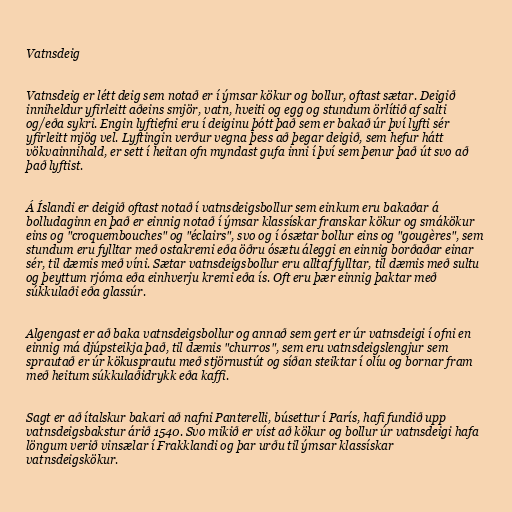
Vatnsdeig

Vatnsdeig er létt deig sem notað er í ýmsar kökur og bollur, oftast sætar. Deigið
inniheldur yfirleitt aðeins smjör, vatn, hveiti og egg og stundum örlítið af salti
og/eða sykri. Engin lyftiefni eru í deiginu þótt það sem er bakað úr því lyfti sér
yfirleitt mjög vel. Lyftingin verður vegna þess að þegar deigið, sem hefur hátt
vökvainnihald, er sett í heitan ofn myndast gufa inni í því sem þenur það út svo að
það lyftist.

Á Íslandi er deigið oftast notað í vatnsdeigsbollur sem einkum eru bakaðar á
bolludaginn en það er einnig notað í ýmsar klassískar franskar kökur og smákökur
eins og "croquembouches" og "éclairs", svo og í ósætar bollur eins og "gougères", sem
stundum eru fylltar með ostakremi eða öðru ósætu áleggi en einnig borðaðar einar
sér, til dæmis með víni. Sætar vatnsdeigsbollur eru alltaf fylltar, til dæmis með sultu
og þeyttum rjóma eða einhverju kremi eða ís. Oft eru þær einnig þaktar með
súkkulaði eða glassúr.

Algengast er að baka vatnsdeigsbollur og annað sem gert er úr vatnsdeigi í ofni en
einnig má djúpsteikja það, til dæmis "churros", sem eru vatnsdeigslengjur sem
sprautað er úr kökusprautu með stjörnustút og síðan steiktar í olíu og bornar fram
með heitum súkkulaðidrykk eða kaffi.

Sagt er að ítalskur bakari að nafni Panterelli, búsettur í París, hafi fundið upp
vatnsdeigsbakstur árið 1540. Svo mikið er víst að kökur og bollur úr vatnsdeigi hafa
löngum verið vinsælar í Frakklandi og þar urðu til ýmsar klassískar
vatnsdeigskökur.